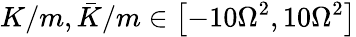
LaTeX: K/m,\bar{K}/m\in\left[-10\Omega^{2},10\Omega^{2}\right]